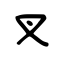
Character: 叉